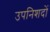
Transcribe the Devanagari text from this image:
उपनिशदों